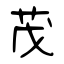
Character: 茂